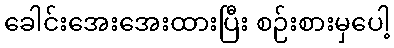
ခေါင်းအေးအေးထားပြီး စဉ်းစားမှပေါ့